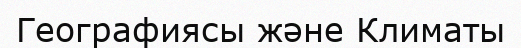
Географиясы және Климаты